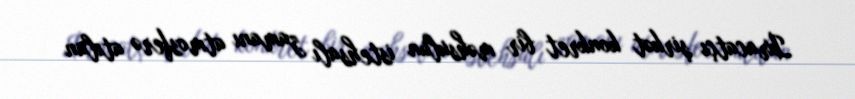
İxracatçı şirkət konkret bir məhsulun istehsalı zamanı atmosferə atılan